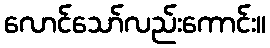
လောင်သော်လည်းကောင်း။